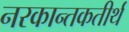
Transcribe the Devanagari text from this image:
नरकान्तकतीर्थ